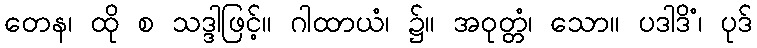
တေန၊ ထို စ သဒ္ဒါဖြင့်။ ဂါထာယံ၊ ၌။ အဝုတ္တံ၊ သော။ ပဒါဒိံ၊ ပုဒ်